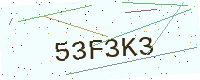
Text: 53F3K3